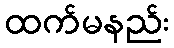
ထက်မနည်း